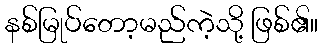
နစ်မြုပ်တော့မည်ကဲ့သို့ ဖြစ်၏။